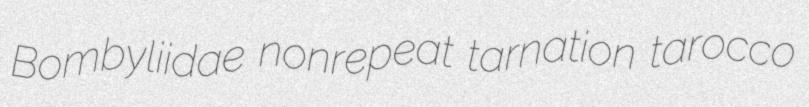
Bombyliidae nonrepeat tarnation tarocco